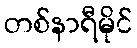
တစ်နာရီမိုင်